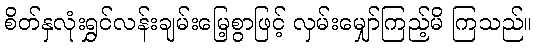
စိတ်နှလုံးရွှင်လန်းချမ်းမြေ့စွာဖြင့် လှမ်းမျှော်ကြည့်မိ ကြသည်။